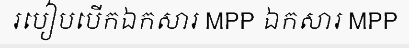
របៀបបើកឯកសារ MPP ឯកសារ MPP